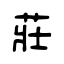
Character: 莊